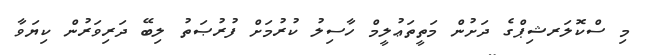
މި ސްކޮލަރޝިޕްގެ ދަށުން މަތީތަޢުލީމް ހާސިލު ކުރުމަށް ފުރުޞަތު ލިބޭ ދަރިވަރުން ކިޔަވާ